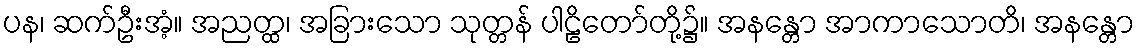
ပန၊ ဆက်ဦးအံ့။ အညတ္ထ၊ အခြားသော သုတ္တန် ပါဠိတော်တို့၌။ အနန္တော အာကာသောတိ၊ အနန္တော